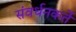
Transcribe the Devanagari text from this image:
संवर्धनकर्ते